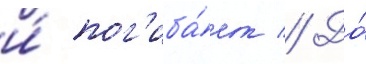
и́ пог'иба́ет // До́